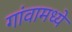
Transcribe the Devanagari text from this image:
गांवामध्ये